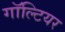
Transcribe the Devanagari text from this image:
गॉल्टियर